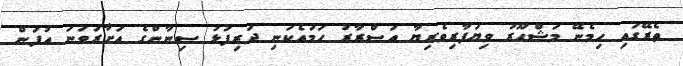
ތެރޭގައި ހިމެނޭ މަޝްހޫރު ވިޔަފާރިވެރިޔާ އަސްރާރު ހަމައެކަނި ދަރިފުޅު ސިނާންގެ އަށާރަވަނަ އުފަން